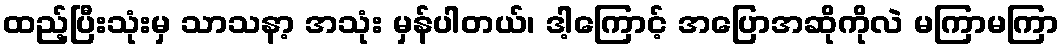
ထည့်ပြီးသုံးမှ သာသနာ့ အသုံး မှန်ပါတယ်၊ ဒါ့ကြောင့် အပြောအဆိုကိုလဲ မကြာမကြာ